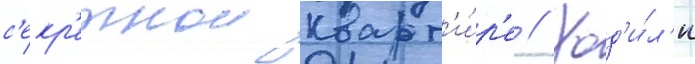
с'екр'етнои кварт'и́р'е // Ход'и́л'и